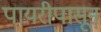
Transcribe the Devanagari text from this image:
पायरीपासून